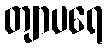
တျာပရေ